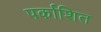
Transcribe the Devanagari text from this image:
पर्काशित